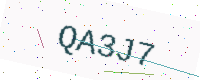
Text: QA3J7